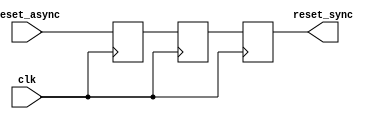
module async_reset_synchronizer (
    input wire reset_async,  // Asynchronous reset input
    input wire clk,          // Clock input
    output reg reset_sync    // Synchronized reset output
);

    // Internal registers for double-register synchronization
    reg reset_ff1; // First flip-flop
    reg reset_ff2; // Second flip-flop

    // Always block to sample the asynchronous reset on clock rising edge
    always @(posedge clk) begin
        // Sample the asynchronous reset signal
        reset_ff1 <= reset_async; // First stage of synchronization
        reset_ff2 <= reset_ff1;    // Second stage of synchronization
    end

    // Output the synchronized reset signal
    always @(posedge clk) begin
        reset_sync <= reset_ff2; // Synchronized reset output
    end

endmodule